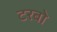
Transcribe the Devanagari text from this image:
टरबो